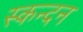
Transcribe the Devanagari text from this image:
स्कन्दन